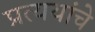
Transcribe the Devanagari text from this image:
प्रत्ययांचे